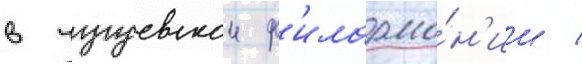
в чугуевскои ф'илармо́н'ии /